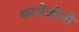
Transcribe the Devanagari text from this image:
कालेकीनी